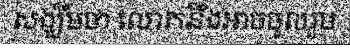
សង្ឃឹមថា លោកនឹងអាចចូលរួម